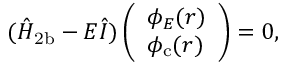
( \hat { H } _ { \mathrm { 2 b } } - E \hat { I } ) \left( \begin{array} { l } { \phi _ { E } ( r ) } \\ { \phi _ { \mathrm { c } } ( r ) } \end{array} \right) = 0 ,